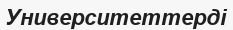
Университеттерді